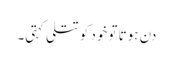
دن ہوتا تو خود کو تتلی کہتی۔